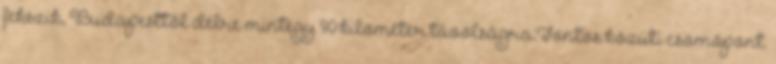
fekszik, Budapesttől délre mintegy 90 kilométer távolságra.Fontos közúti csomópont.